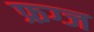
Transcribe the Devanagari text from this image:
फ्रग्ज